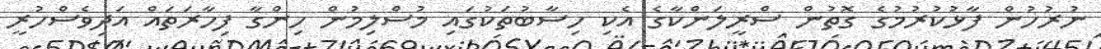
ނުރުހުން ފާޅުކުރުމުގެ ގޮތުން ސްރީލަންކާގެ އެކި ހިސާބުތަކުގައި މުސްލިމުން ހިންގާ ފިހާރަތައް އަދިވެސްހުރީ